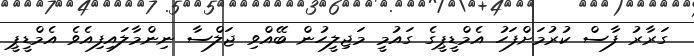
ގަރާރު ފާސް ކުރުމަށްފަހު އެމްޑީޕީގެ ގައުމީ މަޖިލީހުން ބޭއްވި ޖަލްސާ ނިންމާލައިފިއެވެ އެމްޑީޕީ